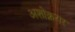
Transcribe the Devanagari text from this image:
अशोक्नगर